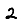
Digit: 2